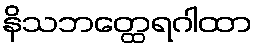
နိသဘတ္ထေရဂါထာ